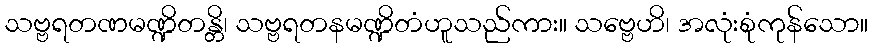
သဗ္ဗရတဏမဏ္ဍိတန္တိ၊ သဗ္ဗရတနမဏ္ဍိတံဟူသည်ကား။ သဗ္ဗေဟိ၊ အလုံးစုံကုန်သော။